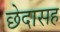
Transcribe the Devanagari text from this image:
छेदासह